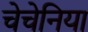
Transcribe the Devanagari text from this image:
चेचेनिया